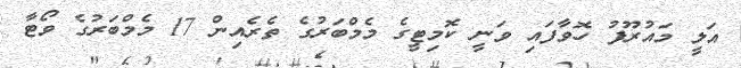
އަލީ މައުރޫފު ހޮވާފައި ވަނީ ކޮމިޓީގެ މެމްބަރުގެ ތެރެއިން 17 މެމްބަރުގެ ވޯޓާ